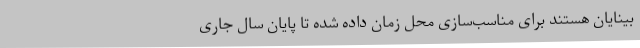
بینایان هستند برای مناسب‌سازی محل زمان داده شده تا پایان سال جاری